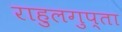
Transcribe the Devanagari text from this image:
राहुलगुप्ता